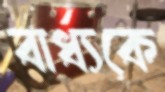
বার্ধ্যকে